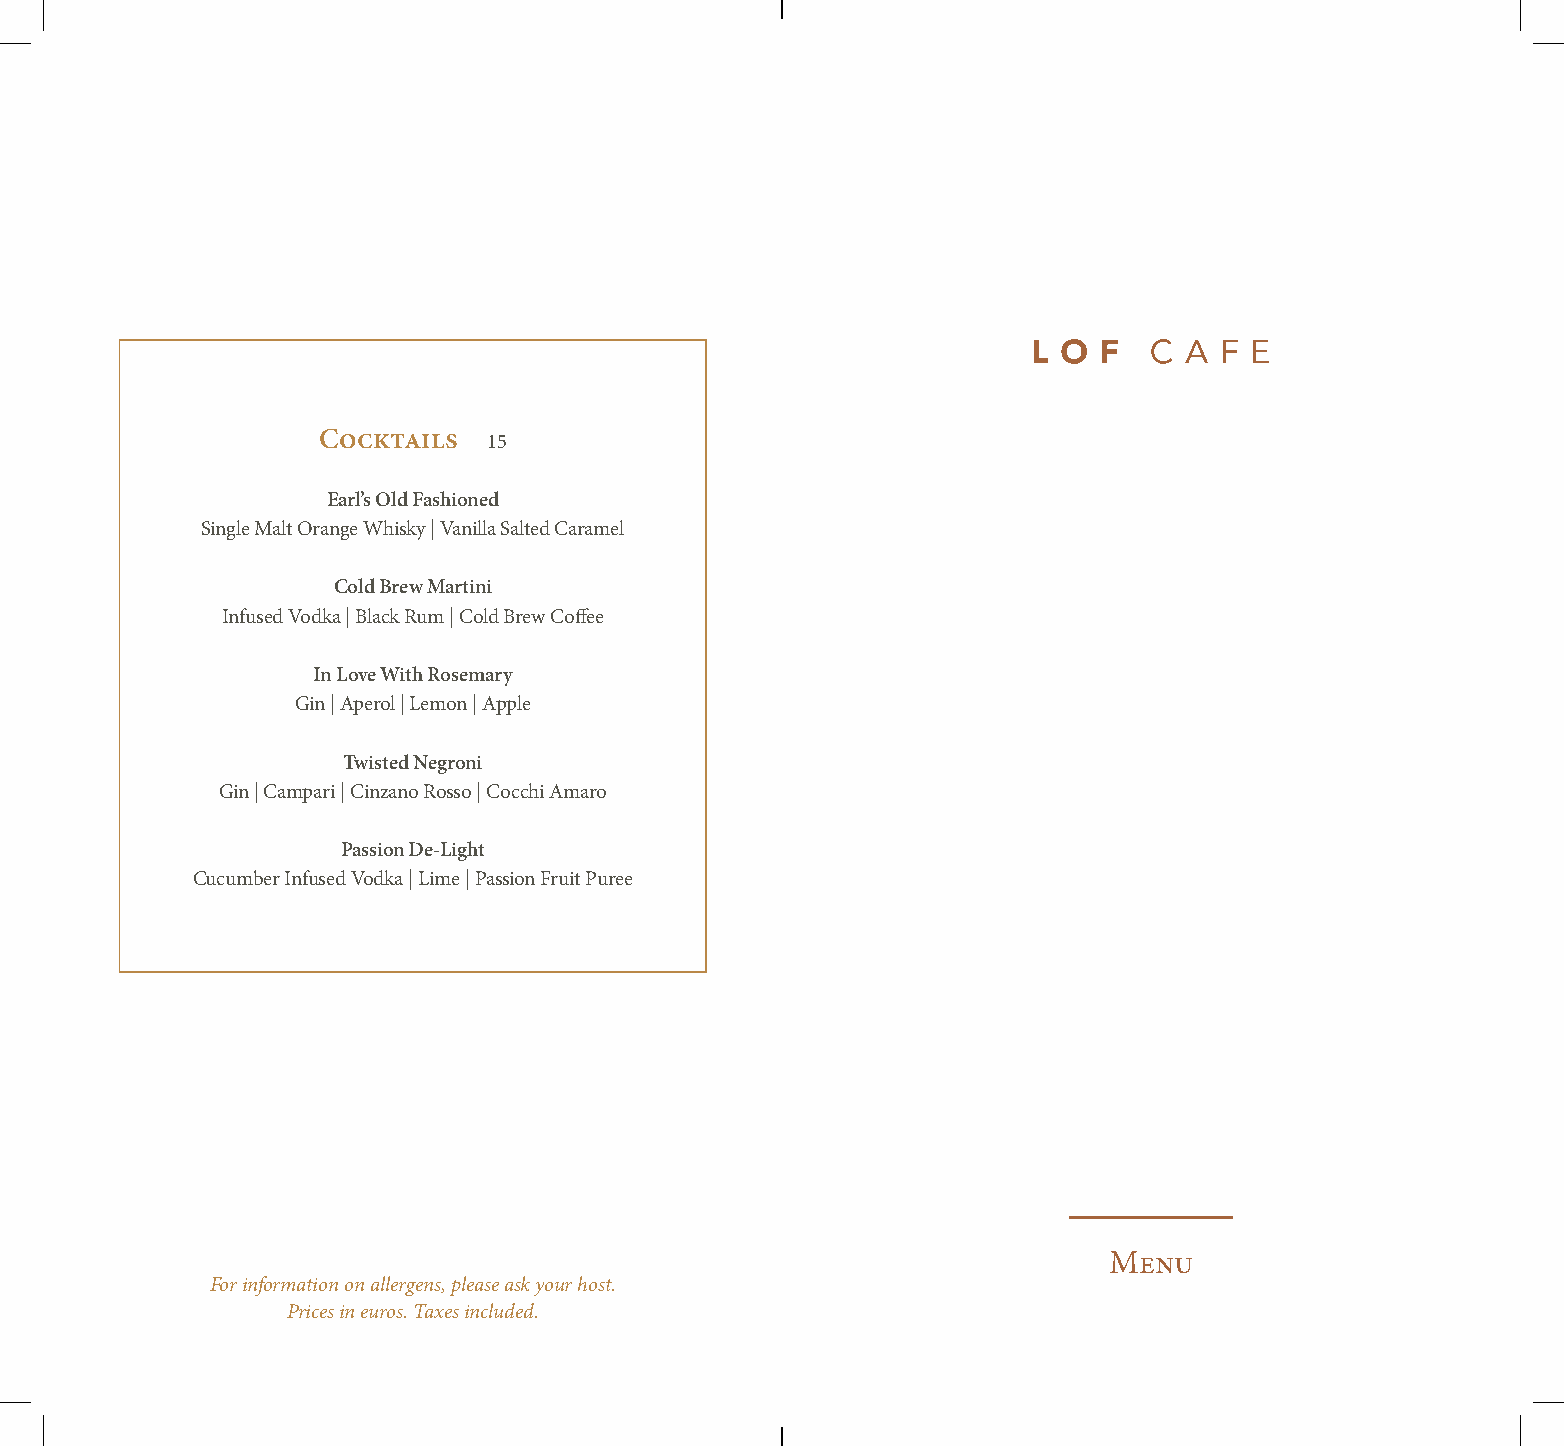
Cocktails  15
 Earl’s Old Fashioned
 Single Malt Orange Whisky | Vanilla Salted Caramel
 Cold Brew Martini
 Infused Vodka | Black Rum | Cold Brew Coffee
 In Love With Rosemary
 Gin | Aperol | Lemon | Apple
 Twisted Negroni
 Gin | Campari | Cinzano Rosso | Cocchi Amaro
 Passion De-Light
 Cucumber Infused Vodka | Lime | Passion Fruit Puree
 Menu
 For information on allergens, please ask your host.
 Prices in euros. Taxes included.